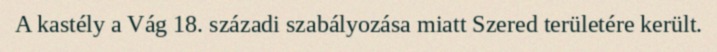
A kastély a Vág 18. századi szabályozása miatt Szered területére került.